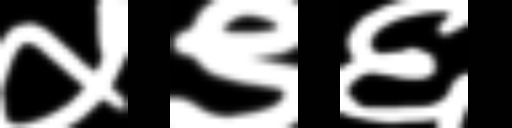
Text: ५९६